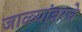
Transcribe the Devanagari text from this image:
जाळ्यांवरचे